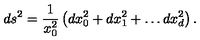
d s ^ { 2 } = \frac { 1 } { x _ { 0 } ^ { 2 } } \left( d x _ { 0 } ^ { 2 } + d x _ { 1 } ^ { 2 } + \ldots d x _ { d } ^ { 2 } \right) .